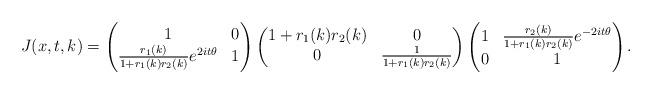
LaTeX: \begin{align*} &J(x,t,k)=\begin{pmatrix}1 & 0 \\ \frac{r_1(k)}{1+r_1(k)r_2(k)}e^{2it\theta} & 1\end{pmatrix} \begin{pmatrix}1+r_1(k)r_2(k) & 0 \\ 0 & \frac{1}{1+r_1(k)r_2(k)}\end{pmatrix} \begin{pmatrix}1 & \frac{r_2(k)}{1+r_1(k)r_2(k)}e^{-2it\theta} \\ 0 & 1\end{pmatrix}. \end{align*}